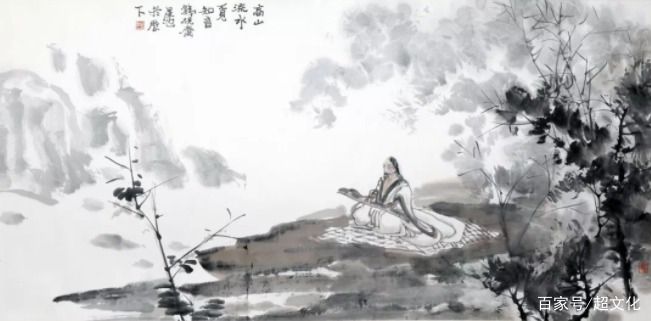
主人有酒欢今夕，请奏鸣琴广陵客。